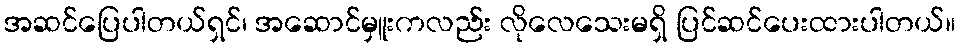
အဆင်ပြေပါတယ်ရှင်၊ အဆောင်မှူးကလည်း လိုလေသေးမရှိ ပြင်ဆင်ပေးထားပါတယ်။